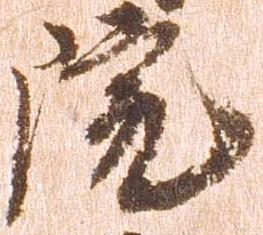
院